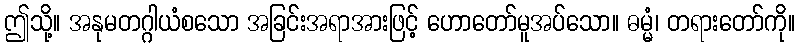
ဤသို့။ အနုမတဂ္ဂါယံစသော အခြင်းအရာအားဖြင့် ဟောတော်မူအပ်သော။ ဓမ္မံ၊ တရားတော်ကို။